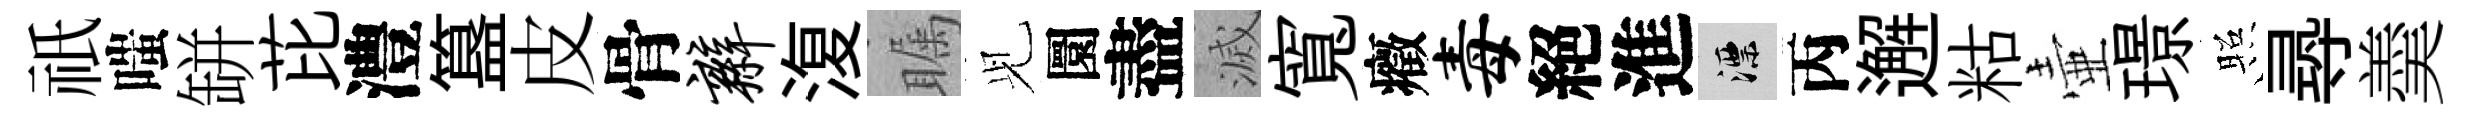
祇嗤缾芘澧簋皮骨辫𣸪瞩𫤗圜盡滅寬癥毒絕進漂丙邂䊀壷璟照𡬶羮